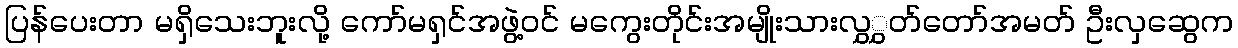
ပြန်ပေးတာ မရှိသေးဘူးလို့ ကော်မရှင်အဖွဲ့ဝင် မကွေးတိုင်းအမျိုးသားလွှွှတ်တော်အမတ် ဦးလှဆွေက